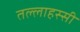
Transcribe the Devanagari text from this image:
तल्लाहस्सी